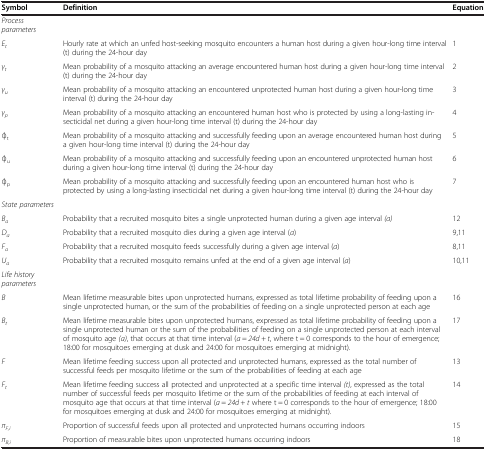
<table><thead><tr><td><b>Symbol</b></td><td><b>Definition</b></td><td><b>Equation</b></td></tr></thead><tbody><tr><td><i>Process parameters</i></td><td> </td><td> </td></tr><tr><td><i>E</i><sub><i>t</i></sub></td><td>Hourly rate at which an unfed host-seeking mosquito encounters a human host during a given hour-long time interval (t) during the 24-hour day</td><td>1</td></tr><tr><td><i>γ</i><sub><i>t</i></sub></td><td>Mean probability of a mosquito attacking an average encountered human host during a given hour-long time interval (t) during the 24-hour day</td><td>2</td></tr><tr><td><i>γ</i><sub><i>u</i></sub></td><td>Mean probability of a mosquito attacking an encountered unprotected human host during a given hour-long time interval (t) during the 24-hour day</td><td>3</td></tr><tr><td><i>γ</i><sub><i>p</i></sub></td><td>Mean probability of a mosquito attacking an encountered human host who is protected by using a long-lasting insecticidal net during a given hour-long time interval (t) during the 24-hour day</td><td>4</td></tr><tr><td>φ<sub>t</sub></td><td>Mean probability of a mosquito attacking and successfully feeding upon an average encountered human host during a given hour-long time interval (t) during the 24-hour day</td><td>5</td></tr><tr><td>φ<sub>u</sub></td><td>Mean probability of a mosquito attacking and successfully feeding upon an encountered unprotected human host during a given hour-long time interval (t) during the 24-hour day</td><td>6</td></tr><tr><td>φ<sub>p</sub></td><td>Mean probability of a mosquito attacking and successfully feeding upon an encountered human host who is protected by using a long-lasting insecticidal net during a given hour-long time interval (t) during the 24-hour day</td><td>7</td></tr><tr><td><i>State parameters</i></td><td> </td><td> </td></tr><tr><td><i>B</i><sub><i>a</i></sub></td><td>Probability that a recruited mosquito bites a single unprotected human during a given age interval <i>(a)</i></td><td>12</td></tr><tr><td><i>D</i><sub><i>a</i></sub></td><td>Probability that a recruited mosquito dies during a given age interval (<i>a</i>)</td><td>9,11</td></tr><tr><td><i>F</i><sub><i>a</i></sub></td><td>Probability that a recruited mosquito feeds successfully during a given age interval (<i>a</i>)</td><td>8,11</td></tr><tr><td><i>U</i><sub><i>a</i></sub></td><td>Probability that a recruited mosquito remains unfed at the end of a given age interval (<i>a</i>)</td><td>10,11</td></tr><tr><td><i>Life history parameters</i></td><td> </td><td> </td></tr><tr><td><i>B</i></td><td>Mean lifetime measurable bites upon unprotected humans, expressed as total lifetime probability of feeding upon a single unprotected human, or the sum of the probabilities of feeding on a single unprotected person at each age</td><td>16</td></tr><tr><td><i>B</i><sub><i>t</i></sub></td><td>Mean lifetime measurable bites upon unprotected humans, expressed as total lifetime probability of feeding upon a single unprotected human or the sum of the probabilities of feeding on a single unprotected person at each interval of mosquito age <i>(a)</i>, that occurs at that time interval (<i>a</i> = <i>24d</i> + <i>t</i>, where t = 0 corresponds to the hour of emergence; 18:00 for mosquitoes emerging at dusk and 24:00 for mosquitoes emerging at midnight).</td><td>17</td></tr><tr><td><i>F</i></td><td>Mean lifetime feeding success upon all protected and unprotected humans, expressed as the total number of successful feeds per mosquito lifetime or the sum of the probabilities of feeding at each age</td><td>13</td></tr><tr><td><i>F</i><sub><i>t</i></sub></td><td>Mean lifetime feeding success all protected and unprotected at a specific time interval <i>(t)</i>, expressed as the total number of successful feeds per mosquito lifetime or the sum of the probabilities of feeding at each interval of mosquito age that occurs at that time interval (<i>a</i> = <i>24d</i> + <i>t</i> where t = 0 corresponds to the hour of emergence; 18:00 for mosquitoes emerging at dusk and 24:00 for mosquitoes emerging at midnight).</td><td>14</td></tr><tr><td><i>π</i><sub><i>F,i</i></sub></td><td>Proportion of successful feeds upon all protected and unprotected humans occurring indoors</td><td>15</td></tr><tr><td><i>π</i><sub><i>B,i</i></sub></td><td>Proportion of measurable bites upon unprotected humans occurring indoors</td><td>18</td></tr></tbody></table>